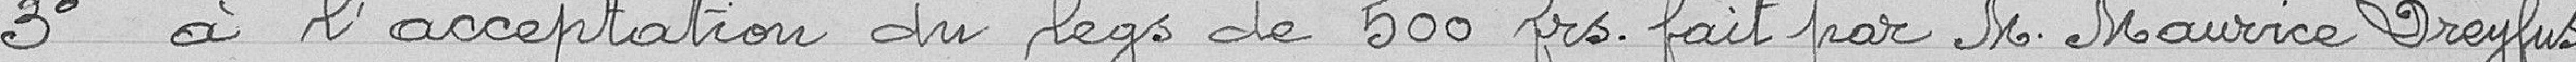
3° à l'acceptation du legs de 500 francs fait par M. Maurice Dreyfus